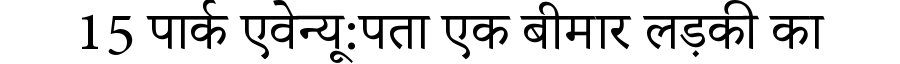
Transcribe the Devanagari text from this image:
15 पार्क एवेन्यू:पता एक बीमार लड़की का